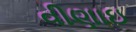
વીણાઇ